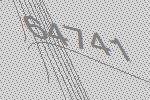
64741